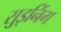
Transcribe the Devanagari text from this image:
सुइनिंग